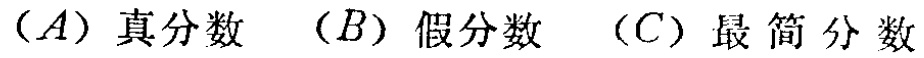
（A）真分数 （B）假分数 （C）最简分数